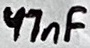
Text: 47nF